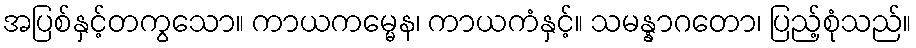
အပြစ်နှင့်တကွသော။ ကာယကမ္မေန၊ ကာယကံနှင့်။ သမန္နာဂတော၊ ပြည့်စုံသည်။